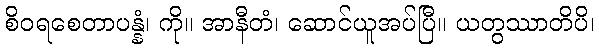
စိဝရစေတာပန္နံ၊ ကို။ အာနီတံ၊ ဆောင်ယူအပ်ပြီ။ ယတွဿာတိပိ၊